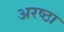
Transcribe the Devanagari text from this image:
अरष्ठा